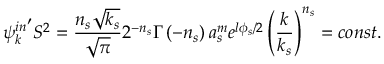
{ { \psi } _ { k } ^ { i n } } ^ { \prime } S ^ { 2 } = \frac { n _ { s } \sqrt { k _ { s } } } { \sqrt { \pi } } 2 ^ { - n _ { s } } \Gamma \left( - n _ { s } \right) a _ { s } ^ { m } e ^ { l \phi _ { s } / 2 } \left( \frac k { k _ { s } } \right) ^ { n _ { s } } = c o n s t .